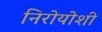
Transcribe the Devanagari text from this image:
निरोयोशी